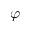
\varphi